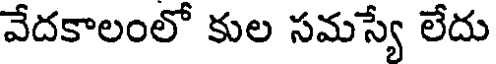
వేదకాలంలో కుల సమస్యే లేదు